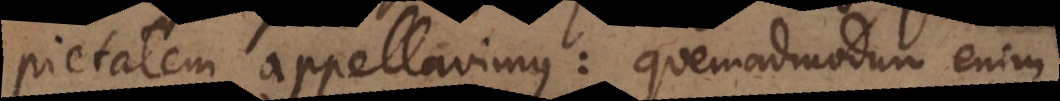
pietatem appellavimus: quemadmodum enim